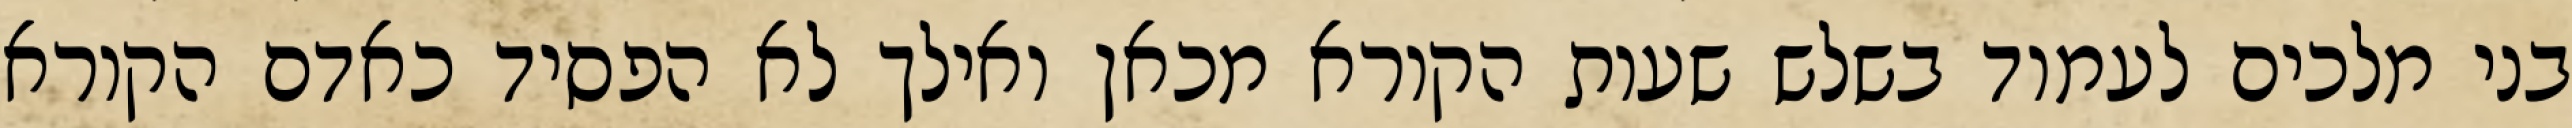
בני מלכים לעמוד בשלש שעות הקורא מכאן ואילך לא הפסיד כאדם הקורא